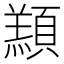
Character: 䫞